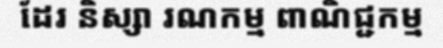
ដែរ និស្សា រណកម្ម ពាណិជ្ជកម្ម